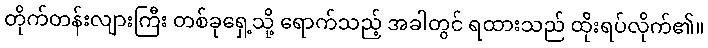
တိုက်တန်းလျားကြီး တစ်ခုရှေ့သို့ ရောက်သည့် အခါတွင် ရထားသည် ထိုးရပ်လိုက်၏။